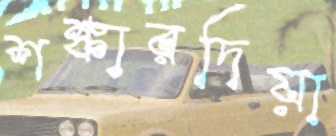
শঙ্কারদিয়া